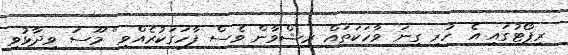
ރިޕޯޓުގައި އެ ހުރި ގިނަ ވާހަކަތައް ރިޝްވާން ވެސް ފާހަގަކުރެއްވި" މޫސަ ވިދާޅުވި